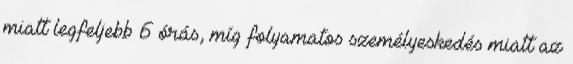
miatt legfeljebb 6 órás, míg folyamatos személyeskedés miatt az